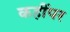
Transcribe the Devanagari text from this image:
कहींपर